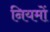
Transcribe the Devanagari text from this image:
नियमों